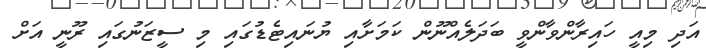
އަދި މިއީ ހައިރާންވާންވީ ބަދަލެއްނޫން ކަމަށާއި ޔުނައިޓެޑުގައި މި ސީޒަނުގައި ރޫނީ އަށް